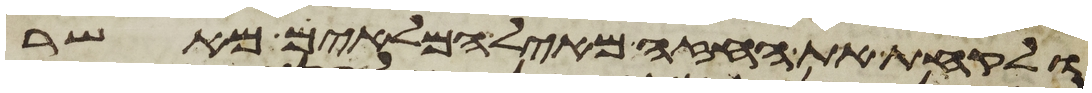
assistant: ולקחת את החזה מאיל המלאים מאשר